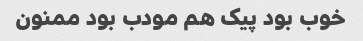
خوب بود پیک هم مودب بود ممنون